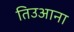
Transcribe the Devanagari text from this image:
तिउआना